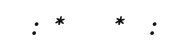
: *    *  :